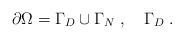
LaTeX: \begin{align*} \partial\Omega=\Gamma_D\cup\Gamma_N\;, \quad\Gamma_D\;.\end{align*}